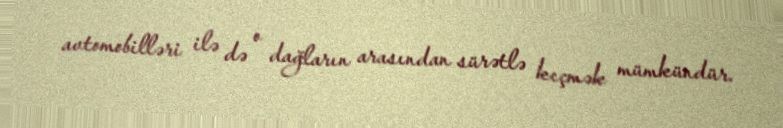
avtomobilləri ilə də o dağların arasından sürətlə keçmək mümkündür.